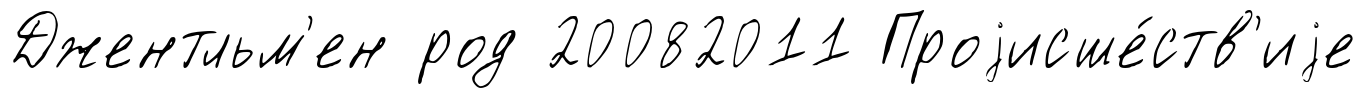
Джентльм'ен род 20082011 Проjисше́ств'иjе